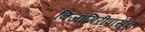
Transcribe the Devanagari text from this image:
बिजागिरीपासून